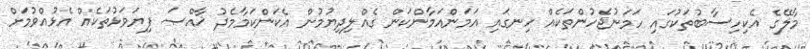
މާލޭގެ އެކިހިސާބުތަކުގައި ހަމަނުޖެހުންތަކެއް ހިނގައި އަމަންއަމާންކަން ގެއްލިދިޔުމުން އެކަންކަމާމެދު ޚާއްޞަ ފިޔަވަޅުތަކެއް އެޅުއްވުމަށް